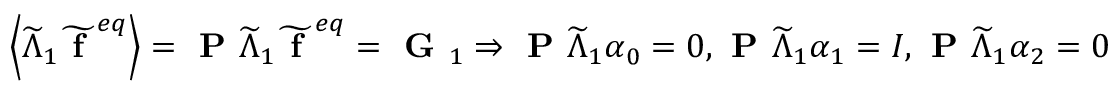
\left\langle \widetilde { \Lambda } _ { 1 } \widetilde { \textbf { f } } ^ { e q } \right\rangle = \textbf { P } \widetilde { \Lambda } _ { 1 } \widetilde { \textbf { f } } ^ { e q } = \textbf { G } _ { 1 } \Rightarrow \textbf { P } \widetilde { \Lambda } _ { 1 } \boldsymbol { \alpha } _ { 0 } = 0 , \textbf { P } \widetilde { \Lambda } _ { 1 } \boldsymbol { \alpha } _ { 1 } = I , \textbf { P } \widetilde { \Lambda } _ { 1 } \boldsymbol { \alpha } _ { 2 } = 0